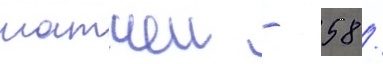
матчеи - 58 /